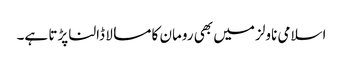
اسلامی ناولز میں بھی رومان کا مسالا ڈالنا پڑتا ہے۔